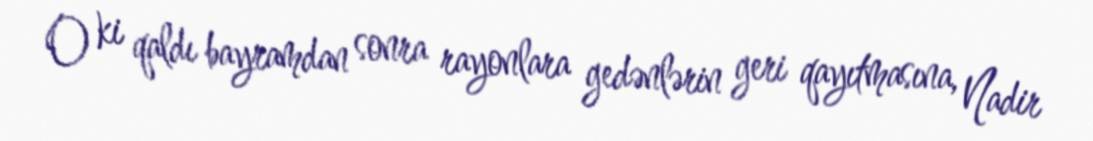
O ki qaldı bayramdan sonra rayonlara gedənlərin geri qayıtmasına, Nadir